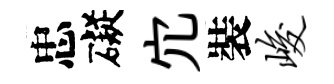
忠礙宂裝峻